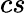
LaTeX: cs